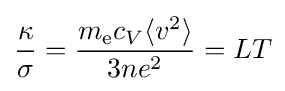
{\frac {\kappa }{\sigma }}={\frac {m_{\rm {e}}c_{V}\langle v^{2}\rangle }{3ne^{2}}}=LT